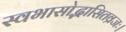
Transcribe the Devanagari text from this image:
स्वभासोद्भासितव्रजः।